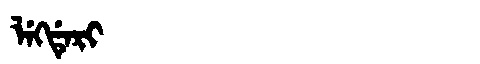
Manchu: ᠯᡝᡴᡩᡝᡵᡳ
Romanization: LEKDERI